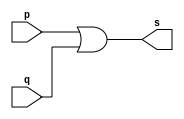
// -------------------------
// Exemplo0004 - OR
// Nome: HERBERT ALVES BATISTA
// -------------------------
// -------------------------
// -- or gate
// -------------------------
module orgate ( output s,
input p, q);
assign s = p | q;
endmodule // orgate
// ---------------------
// -- test or gate
// ---------------------
module testorgate;
// ------------------------- dados locais
reg a, b; // definir registradores
wire s; // definir conexao (fio)
// ------------------------- instancia
orgate OR1 (s, a, b);
// ------------------------- preparacao
initial begin:start
// atribuicao simultanea
// dos valores iniciais
a=0; b=0;
end
// ------------------------- parte principal
initial begin
$display("Exemplo0004 - HERBERT ALVES - 461971");
$display("Test OR gate");
$display("\na & b = s\n");
a=0; b=0;
#1 $display("%b & %b = %b", a, b, s);
a=0; b=1;
#1 $display("%b & %b = %b", a, b, s);
a=1; b=0;
#1 $display("%b & %b = %b", a, b, s);
a=1; b=1;
#1 $display("%b & %b = %b", a, b, s);
end
endmodule // testorgate